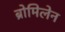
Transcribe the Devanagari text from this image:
ब्रोमिलेन